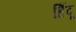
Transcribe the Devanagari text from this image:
हिँदू